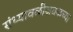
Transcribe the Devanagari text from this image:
संध्यावळीजवळच्या